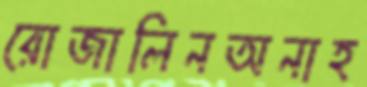
রোজালিনঅনাহ